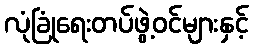
လုံခြုံရေးတပ်ဖွဲ့ဝင်များနှင့်